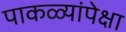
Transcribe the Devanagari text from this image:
पाकळ्यांपेक्षा